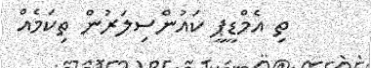
ތި އެމްޑީޕީ ކައުންސިލަރުން ތިކަމެއް